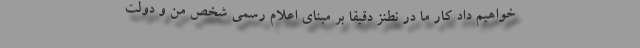
خواهیم داد کار ما در نطنز دقیقا بر مبنای اعلام رسمی شخص من و دولت